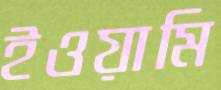
ইওয়ামি